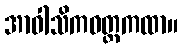
အာဝါသိကဝတ္တကထာ။